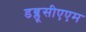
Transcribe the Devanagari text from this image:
डब्लूसीएएम